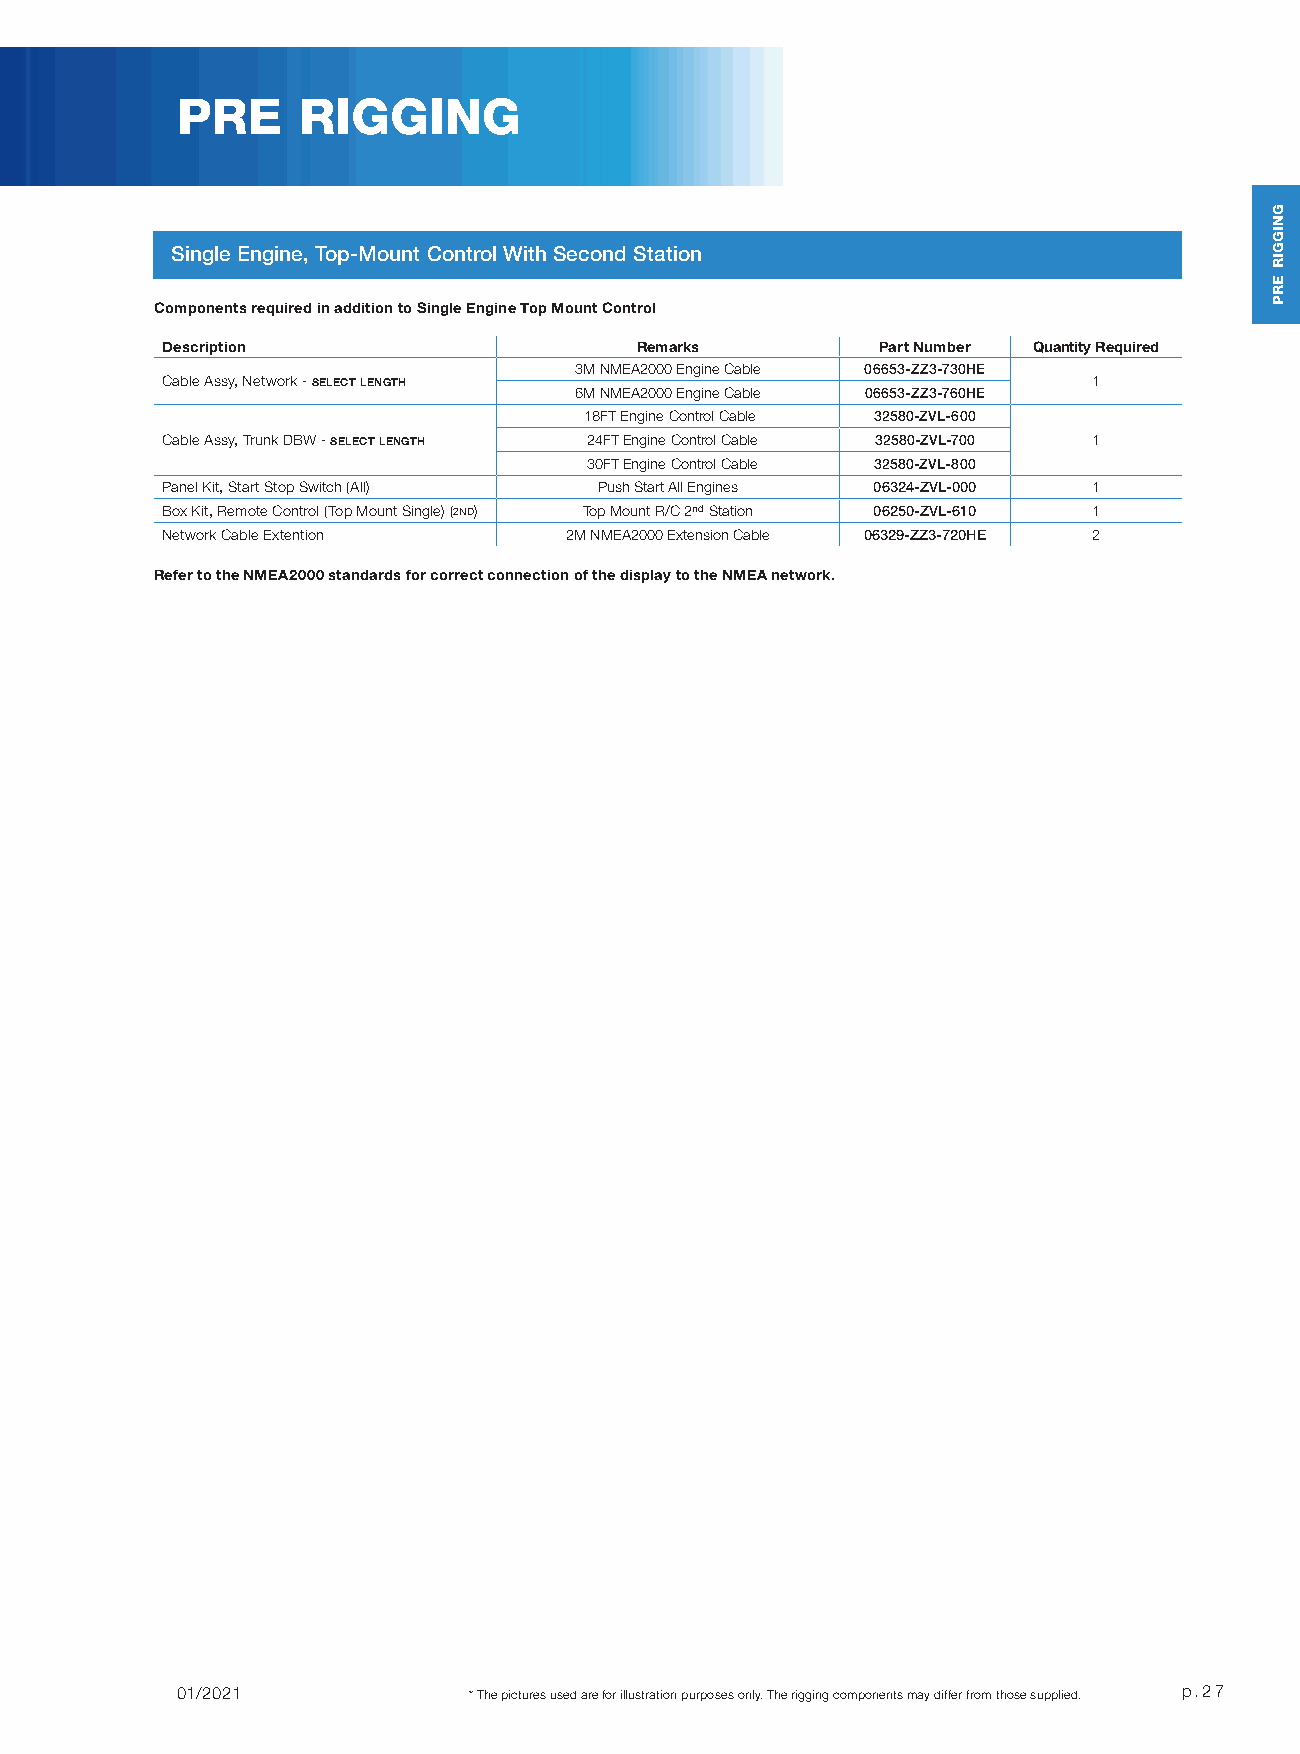
PRE     RIGGING
 Single Engine, Top-Mount Control With Second Station
 Components required in addition to Single Engine Top Mount Control
 Description                    Remarks         Part Number Quantity Required
 3M NMEA2000 Engine Cable 06653-ZZ3-730HE
 Cable Assy, Network - SELECT LENGTH                          1
 6M NMEA2000 Engine Cable 06653-ZZ3-760HE
 18FT Engine Control Cable 32580-ZVL-600
 Cable Assy, Trunk DBW - SELECT LENGTH 24FT Engine Control Cable 32580-ZVL-700 1
 30FT Engine Control Cable 32580-ZVL-800
 Panel Kit, Start Stop Switch (All) Push Start All Engines 06324-ZVL-000 1
 Box Kit, Remote Control (Top Mount Single) (2ND) Top Mount R/C 2nd Station 06250-ZVL-610 1
 Network Cable Extention   2M NMEA2000 Extension Cable 06329-ZZ3-720HE 2
 Refer to the NMEA2000 standards for correct connection of the display to the NMEA network.
 01/2021            * The pictures used are for illustration purposes only. The rigging components may differ from those supplied. p.27
 GNIGGIR
 ERP